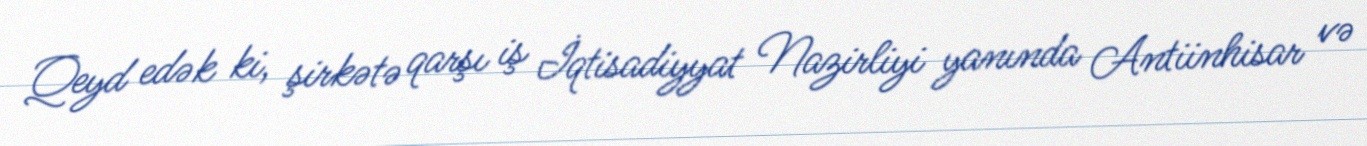
Qeyd edək ki, şirkətə qarşı iş İqtisadiyyat Nazirliyi yanında Antiinhisar və